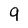
Character: 9